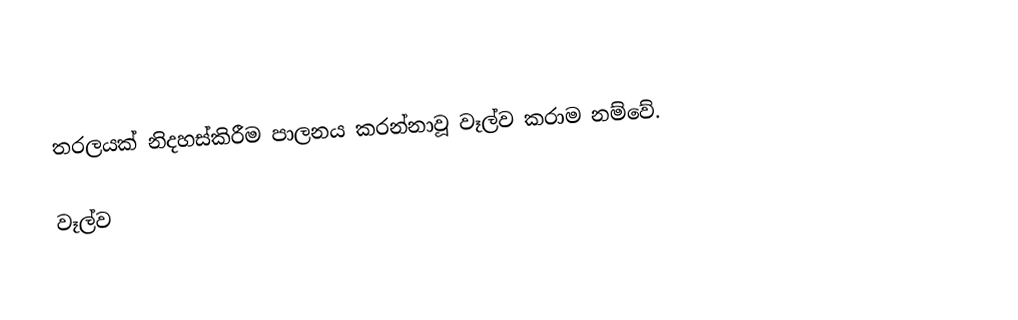
තරලයක් නිදහස්කිරීම පාලනය කරන්නාවූ වෑල්ව කරාම නම්වේ.

වෑල්ව